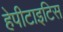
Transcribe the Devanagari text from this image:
हेपीटाइटिस